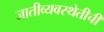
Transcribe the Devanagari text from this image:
जातीव्यवस्थेतीची